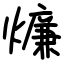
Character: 燫